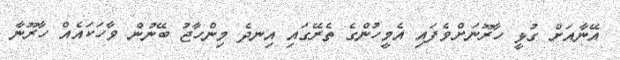
އޭނާއަށް ގުޅީ ހާރޫނަށްވެފައި އެމީހުންގެ ތެރޭގައި އިނދެ މިންހާޖު ބޭނުން ވާހަކައެއް ހާރޫނާ